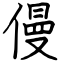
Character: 僈